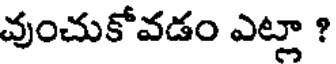
వుంచుకోవడం ఎట్లా ?